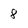
Character: 8